Scottish Leaving Certificate Examination, 1954
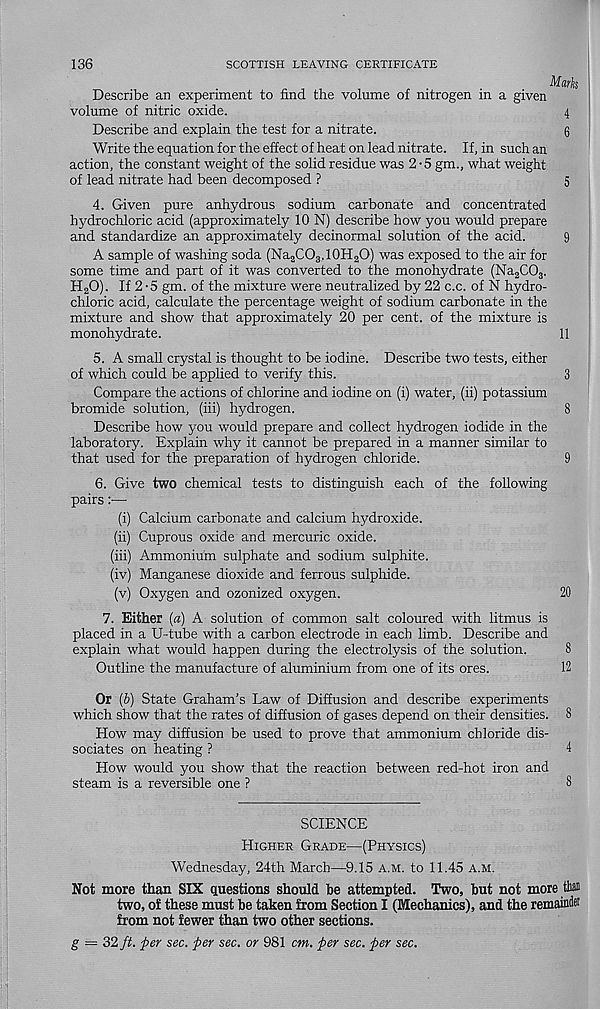
136
SCOTTISH LEAVING CERTIFICATE
Marks
Describe an experiment to find the volume of nitrogen in a given
volume of nitric oxide.
4
Describe and explain the test for a nitrate.
g
Write the equation for the effect of heat on lead nitrate. If, in such an
action, the constant weight of the solid residue was 2-5 gm., what weight
of lead nitrate had been decomposed ?
5
4. Given pure anhydrous sodium carbonate and concentrated
hydrochloric acid (approximately 10 N) describe how you would prepare
and standardize an approximately decinormal solution of the acid.
9
A sample of washing soda (Na 2 CO 3 ,10H 2 O) was exposed to the air for
some time and part of it was converted to the monohydrate (Na 2 C0 3 .
H 2 0). If 2 - 5 gm. of the mixture were neutralized by 22 c.c. of N hydro-
chloric acid, calculate the percentage weight of sodium carbonate in the
mixture and show that approximately 20 per cent, of the mixture is
monohydrate.
11
5. A small crystal is thought to be iodine. Describe two tests, either
of which could be applied to verify this.
3
Compare the actions of chlorine and iodine on (i) water, (ii) potassium
bromide solution, (iii) hydrogen.
8
Describe how you would prepare and collect hydrogen iodide in the
laboratory. Explain why it cannot be prepared in a manner similar to
that used for the preparation of hydrogen chloride.
9
6. Give two chemical tests to distinguish each of the following
pairs:—
(i) Calcium carbonate and calcium hydroxide.
(ii) Cuprous oxide and mercuric oxide.
(iii) Ammonium sulphate and sodium sulphite.
(iv) Manganese dioxide and ferrous sulphide.
(v) Oxygen and ozonized oxygen.
20
7. Either (a) A solution of common salt coloured with litmus is
placed in a U-tube with a carbon electrode in each limb. Describe and
explain what would happen during the electrolysis of the solution.
8
Outline the manufacture of aluminium from one of its ores.
12
Or (b) State Graham’s Law of Diffusion and describe experiments
which show that the rates of diffusion of gases depend on their densities. 8
How may diffusion be used to prove that ammonium chloride dis-
sociates on heating ?
4
How would you show that the reaction between red-hot iron and
steam is a reversible one ?
8
SCIENCE
Higher Grade—(Physics)
Wednesday, 24th March—9.15 a.m. to 11.45 a.m.
Not more than SIX questions should he attempted. Two, but not more ton
two, of these must be taken from Section I (Mechanics), and the remainte
from not fewer than two other sections.
g = 32 ft. per sec. per sec. or 981 cm. per sec. per sec.